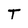
Character: T